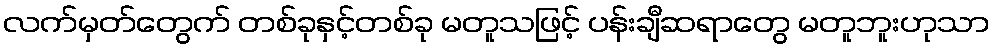
လက်မှတ်တွေက် တစ်ခုနှင့်တစ်ခု မတူသဖြင့် ပန်းချီဆရာတွေ မတူဘူးဟုသာ